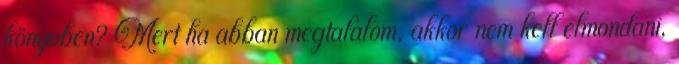
könyvben? Mert ha abban megtalálom, akkor nem kell elmondani,